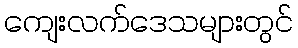
ကျေးလက်ဒေသများတွင်